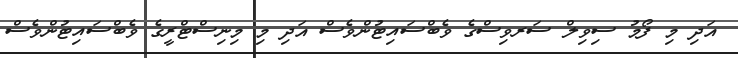
އަދި މި ފޯމު ސިވިލް ސަރވިސްގެ ވެބްސައިޓުންވެސް އަދި މި މިނިސްޓްރީގެ ވެބްސައިޓުންވެސް